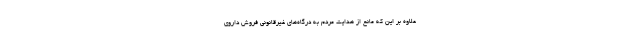
علاوه بر این که مانع از هدایت مردم به درگاه‌های غیرقانونی فروش داروی